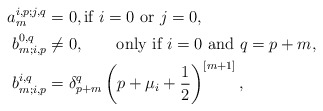
\begin{align*} a_m^{i,p;j,q}&=0,\textrm{if} \ i=0\ \textrm{or}\ j=0, \\ b^{0,q}_{m;i,p}&\neq 0, \qquad\textrm{only if}\ i=0\ \textrm{and}\ q=p+m, \\b^{i,q}_{m;i,p}&= \delta^q_{p+m} \left( p+\mu_i+\frac12 \right)^{[m+1]},\end{align*}